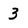
Character: 3